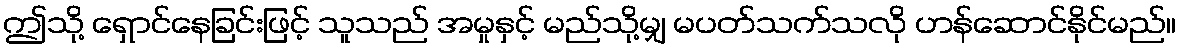
ဤသို့ ရှောင်နေခြင်းဖြင့် သူသည် အမှုနှင့် မည်သို့မျှ မပတ်သက်သလို ဟန်ဆောင်နိုင်မည်။